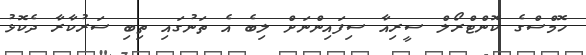
ހޮމްސްގެ ކޮންޓްރޯލް ސީރިއާ ސިފައިންނަށް ލިބެ އެ ތަނުގައި ތިބި ސަރުކާރާ ދެކޮޅު